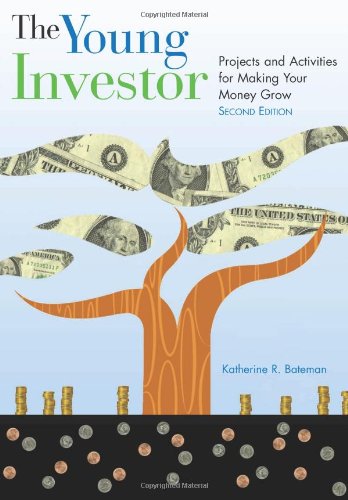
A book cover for The Young Investor: Projects and Activities for Making Your Money Grow; Katherine R. Bateman; Children's Books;